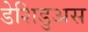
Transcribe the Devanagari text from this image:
डेशिडुअस